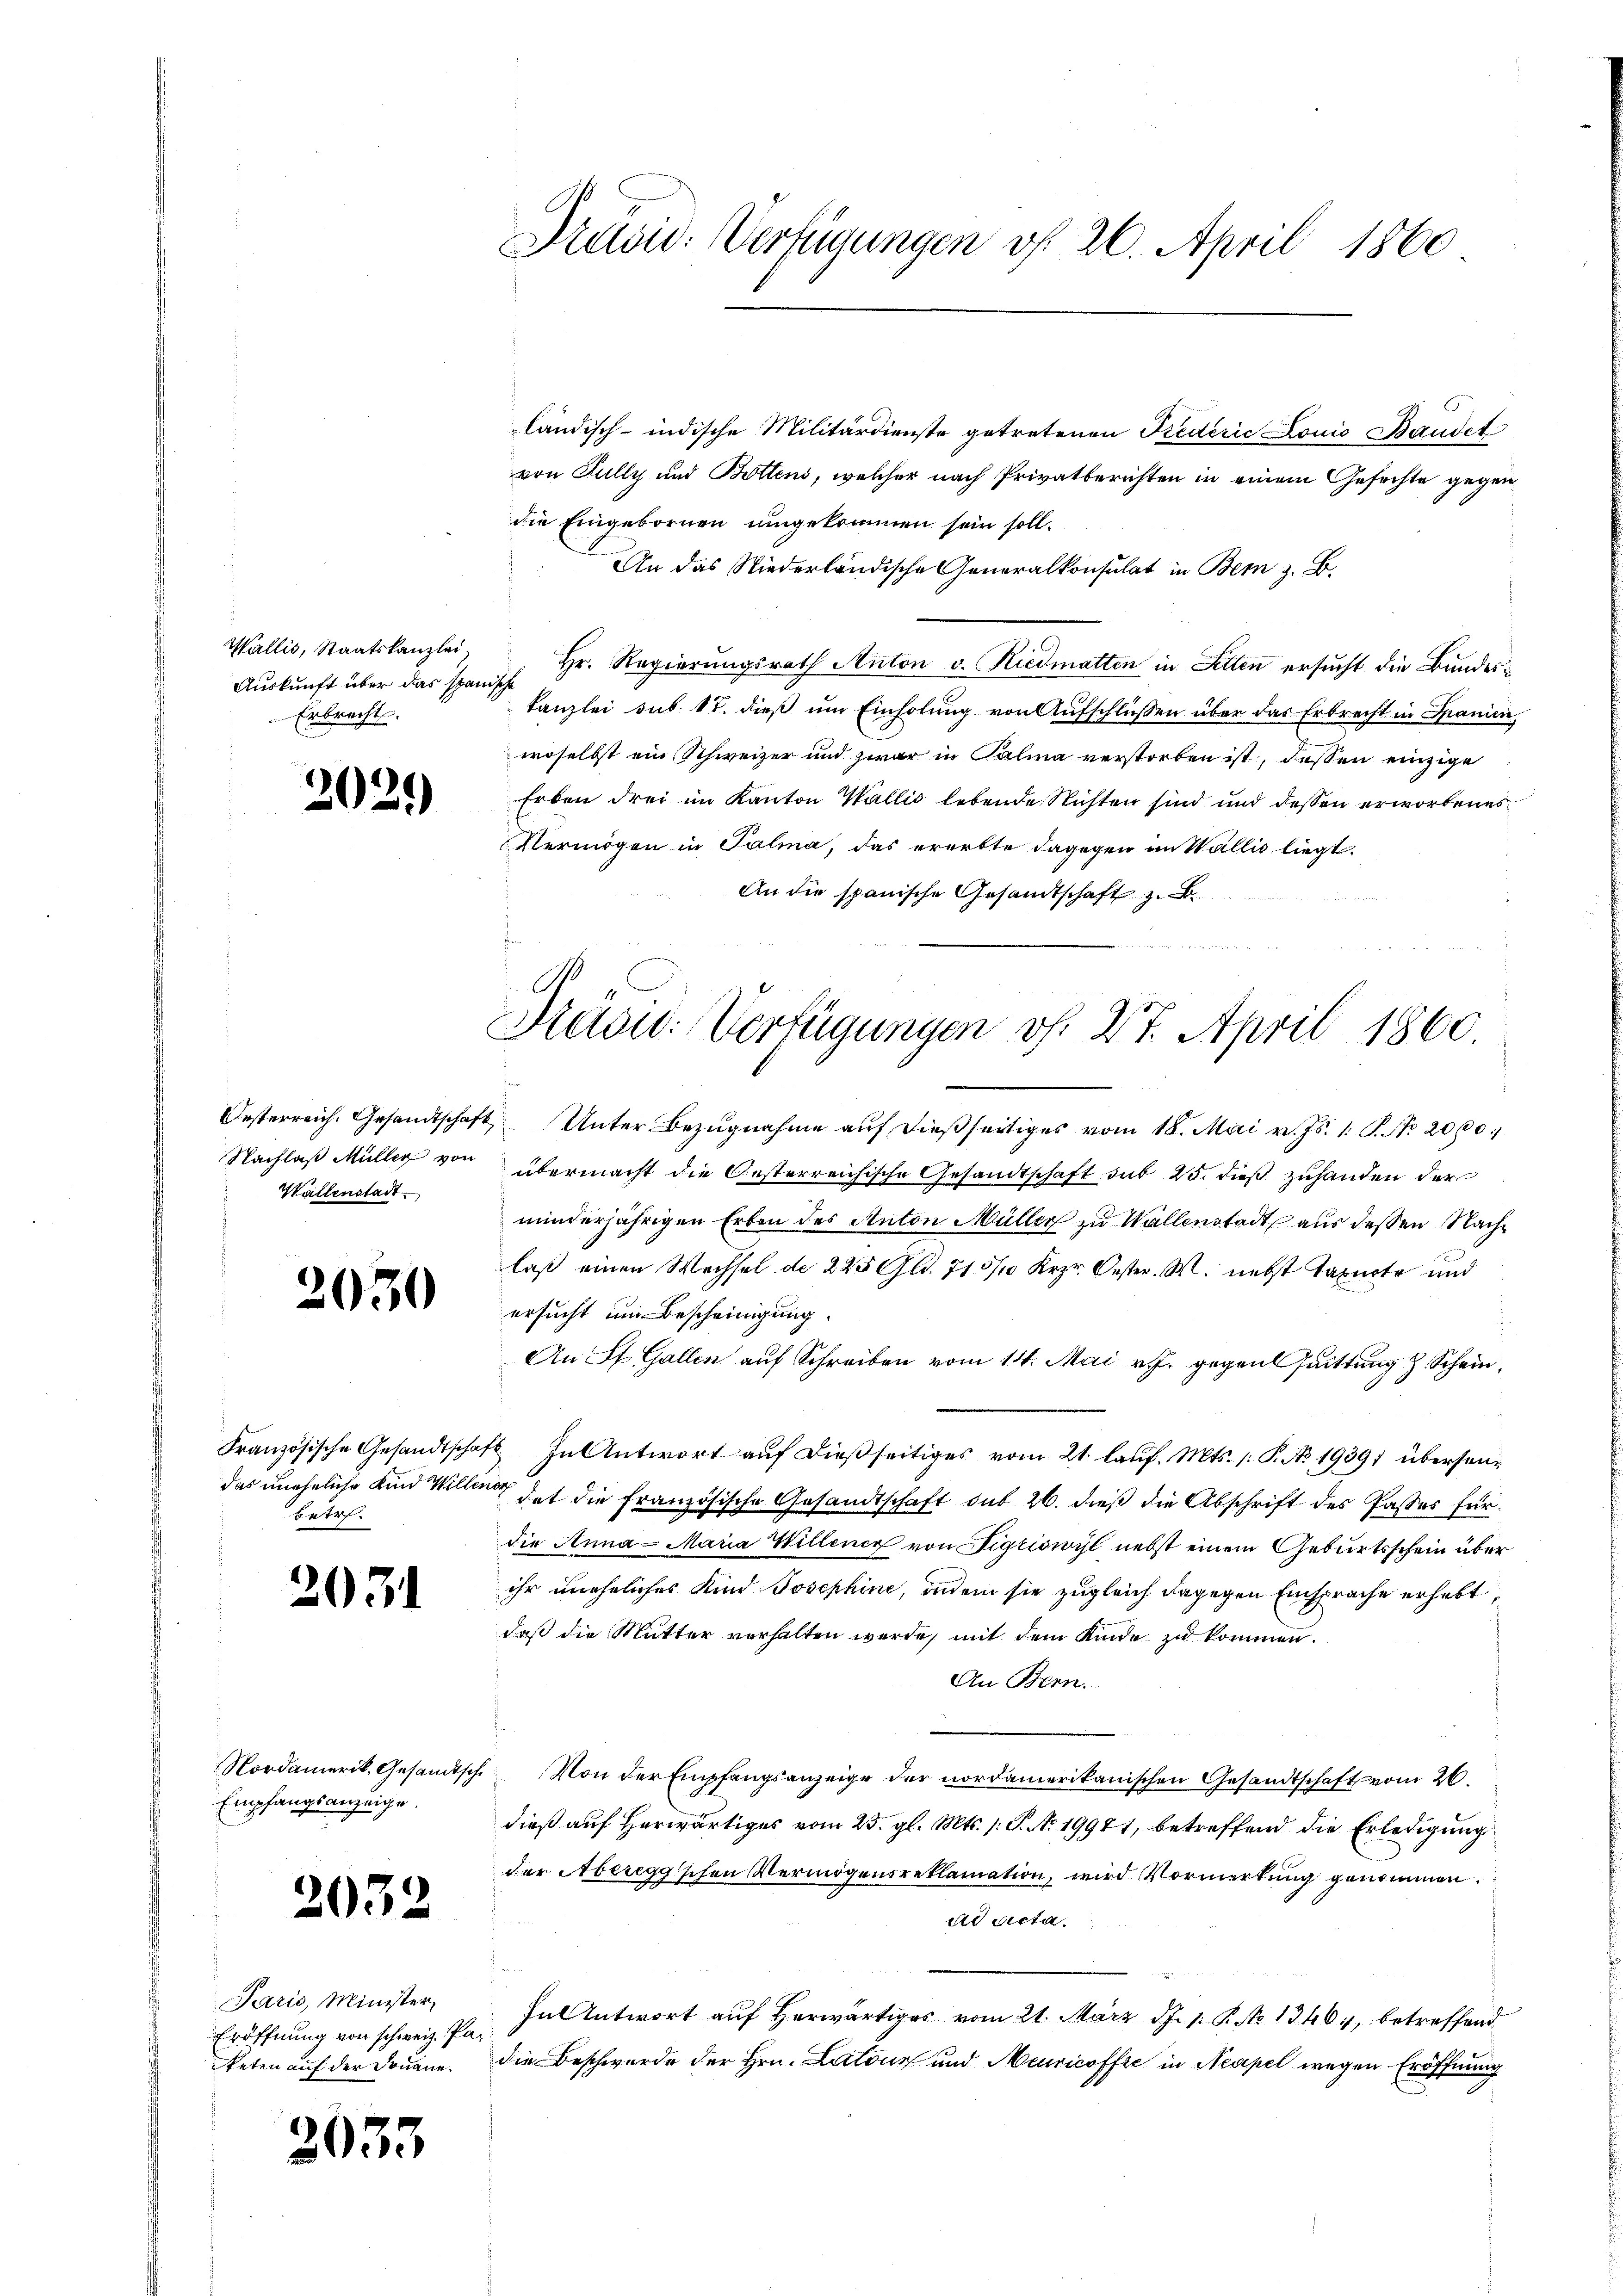
Wallis, Staatskanzlei,
Auskunft über das span
Erbrecht.

.

n

¬

Wallenstadt.

betr.

2031

Empfangsanzeige.

203

050

3039

)

Paris, Minister,
Eröffnung von schweiz. Parketen auf der Donaue

Previd. Verfügungen of 20. April 1860

Kevid. Verfügungen v. 27. April 1860.

ländisch-indische Militärdienste getretenen Riederić Louis Bandet
von Jully und Bottens, welcher nach Privatberichten in einem Gefechte gegen
die Eingebornen umgekommen sein soll.
An das Niederländische Generalkonsulat in Bern z. B.
Hr. Regierungsrath Anton v. Riedmatten in Setten ersucht die Bundesrsehe
kanzlei sub 17. dieß um Einholung von Aufschlüßen über das Erbrecht in Spanien,
woselbst ein Schweizer und zwar in Salina verstorben ist, dessen einzige
Erben drei im Kanton Wallis lebende Nichten sind und dessen erworbenes
Vermögen in Salma, das ererbte dagegen im Wallis liegt.
An der spanische Gesamtschaft z. B.

Oesterreich. Gesandtschaft Unter Bezŭgnahme aŭf dießseitiges vom 18. Mai v. Js. 1. P. No. 2000.
Nachlaß Müller von übermacht die Oesterreichische Gesandtschaft sub 25. dieß zuhanden der
minderjährigen Erben des Anton Müller zu Wallenstadt aus dessen Nachlaß einen Wechsel de 225 Gl. 715/10 Krzr. Oester. M. nebst Taxucte und
ersucht um Bescheinigung.
An St. Gallen auf Schreiben vom 14. Mai v. J. gegen Gattung z. Schein
Französische Gesandtschaft. In Antwort auf dießseitiges vom 21. lauf. Mts. (: P. No 19391 übersendas uneheliche Kind Willen dat die Französische Gesandtschaft sub. 26. dieß die Abschrift des Passes für
die Anna - Maria Willener von Sigriswyl nebst einem Geburtsschein über
ihr uneheliches Kind Josephine, indem sie zugleich dagegen Einsprache erhebt,
daß die Mutter vorhalten werde, mit dem Kinde zu kommen.
An Bern.
Nordamerik, Gesandtsch. Von der Empfangsanzeige der nordamerikanischen Gesandtschaft vom 26.
dieß auf herwärtiges vom 25. gl. Mts. 1. P. N. 19971, betreffend die Erledigung
der Aberegg'schen Vermögensreklamation, wird Vormerkung genommen.
ad acta.
Fal Antwort auf herwärtiges vom 21. März d. 1. P. Nr. 13464, betreffend
die Beschwerde der Hrn. Latone und Meuricoffe in Neapel wegen Eröffnung